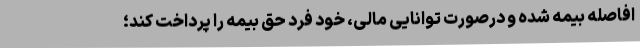
افاصله بیمه شده و درصورت توانایی مالی، خود فرد حق بیمه را پرداخت کند؛